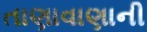
તાણાવાણાની